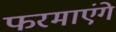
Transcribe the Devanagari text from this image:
फरमाएंगे